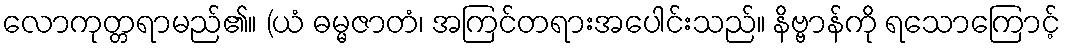
လောကုတ္တရာမည်၏။ (ယံ ဓမ္မဇာတံ၊ အကြင်တရားအပေါင်းသည်။ နိဗ္ဗာန်ကို ရသောကြောင့်